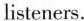
listeners.